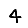
Digit: 4